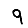
Digit: 9